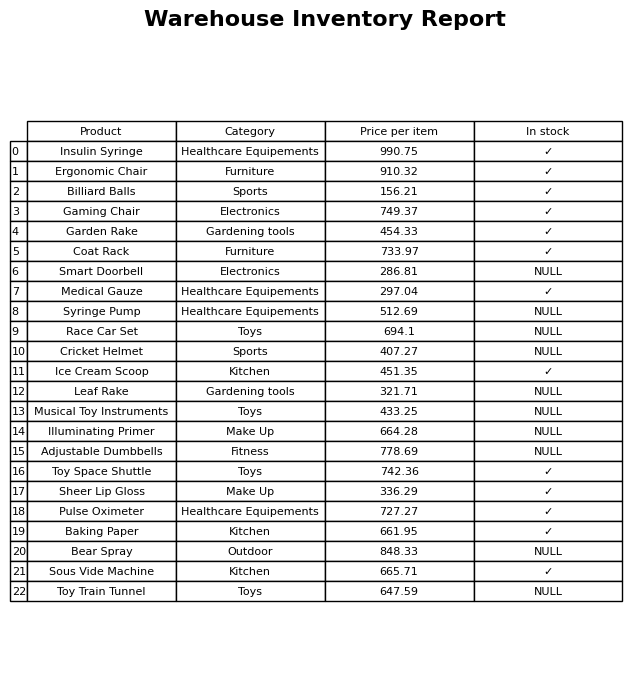
question: Which products are currently out of stock?
answer: Smart Doorbell, Syringe Pump, Race Car Set, Cricket Helmet, Leaf Rake, Musical Toy Instruments, Illuminating Primer, Adjustable Dumbbells, Bear Spray, Toy Train Tunnel